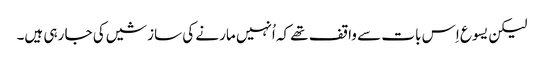
‏ لیکن یسوع اِس بات سے واقف تھے کہ اُنہیں مارنے کی سازشیں کی جا رہی ہیں۔